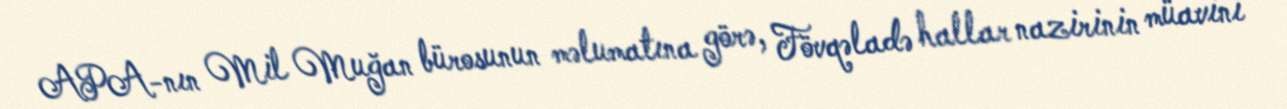
APA-nın Mil Muğan bürosunun məlumatına görə, Fövqəladə hallar nazirinin müavini